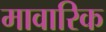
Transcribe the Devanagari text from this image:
मावारिक